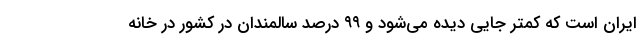
ایران است که کمتر جایی دیده می‌شود و ۹۹ درصد سالمندان در کشور در خانه